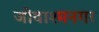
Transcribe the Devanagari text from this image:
जीवाश्मनगर